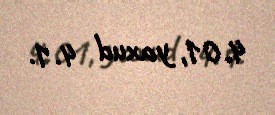
4.01, yaxud 4.1.